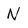
Character: N